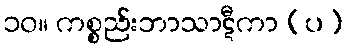
၁၀။ ကစ္စည်းဘာသာဋီကာ (ပ)